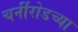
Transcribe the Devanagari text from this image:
चर्नीरोडच्या